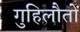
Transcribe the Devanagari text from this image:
गुहिलौतों